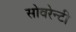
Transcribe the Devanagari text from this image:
सोवरेन्टी